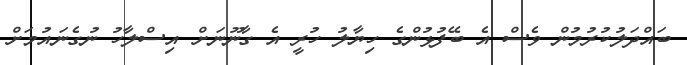
ބައްދަލުކުރުމުން ވެސް އެ ބޭފުޅުންގެ ހިޔާލު ހުރީ އެ ގާނޫނަށް އިސްލާހު ނުގެނައުމަށް